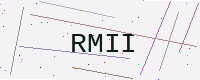
Text: RMII